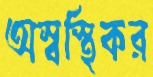
অস্বস্থিকর